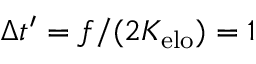
\Delta t ^ { \prime } = f / ( 2 K _ { \mathrm { e l o } } ) = 1